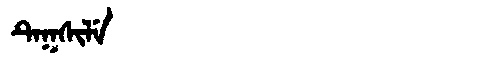
Manchu: ᡨᡝᡴᠰᡳᠯᡝ
Romanization: TEKSILE